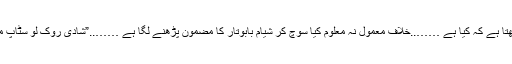
…. دھیرج کو کوئی پکارے تو آواز کو تو سارا ہجوم سن لیتا ہے لیکن صرف دھیرج ہی مڑ کردیکھتا ہے کہ کیا ہے ……..خلاف معمول نہ معلوم کیا سوچ کر شیام بابوتار کا مضمون پڑھنے لگا ہے ……..”شادی روک لو سٹاپ میں تم سے بے انتہا محبت کرتا ہوں سٹاپ کشور “ وہ ہنس پڑا ہے ……..و دوسرے ہنگامے میں ۔